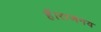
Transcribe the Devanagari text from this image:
हैं।राजनय